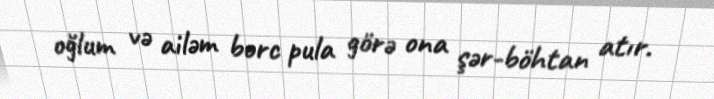
oğlum və ailəm borc pula görə ona şər-böhtan atır.